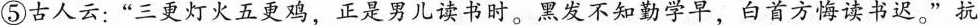
⑤古人云：”三更灯火五更鸡，正是男儿读书时。黑发不知勤学早，白首方悔读书迟。”抗